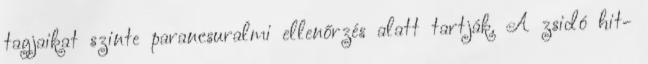
tagjaikat szinte parancsuralmi ellenőrzés alatt tartják. A zsidó hit-